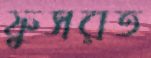
ফুসরত